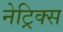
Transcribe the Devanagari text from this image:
नेट्रिक्स